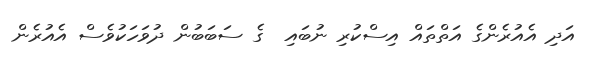
އަދި އެއުރެންގެ އަތްތައް އިސްކުރި ނުބައި  ގެ ސަބަބުން ދުވަހަކުވެސް އެއުރެން